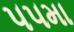
૫૫મા